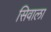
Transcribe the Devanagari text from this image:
सिवाला